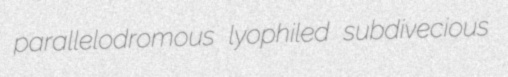
parallelodromous lyophiled subdivecious